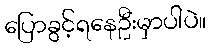
ပြောခွင့်ရနေဦးမှာပါပဲ။